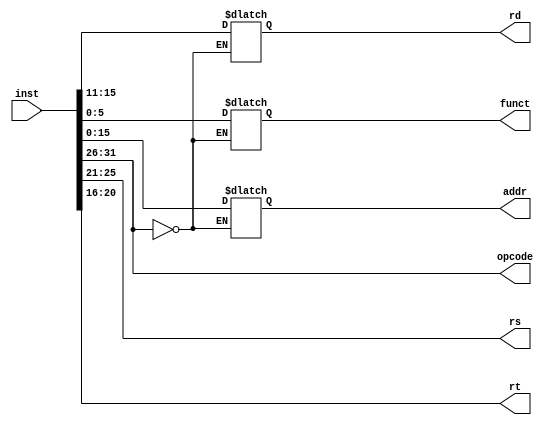
module Splitter(inst,opcode,rs,rt,rd,funct,addr);
input [31:0] inst;
output [5:0] opcode;
output [4:0] rs;
output [4:0] rt;
output [4:0] rd;
output [5:0] funct;
output [15:0] addr;
reg [4:0] rs;
reg [4:0] rt;
reg [4:0] rd;
reg [5:0] funct;
reg [15:0] addr;

assign opcode = inst[31:26];

always @(inst)
begin
  
	if(inst[31:26]==6'b000000)
	begin
	rs = inst[25:21];
	rt = inst[20:16];
	rd = inst[15:11];
	funct = inst[5:0];
	end
	else
	begin
	rs = inst[25:21];
	rt = inst[20:16];
	addr = inst[15:0];
	end

end

endmodule